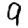
Digit: 9